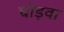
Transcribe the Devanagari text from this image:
घोड़वा